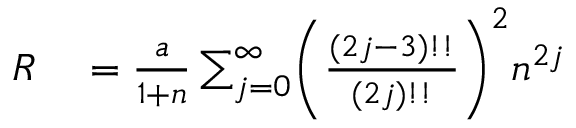
\begin{array} { r l } { R } & { { } = \frac a { 1 + n } \sum _ { j = 0 } ^ { \infty } \biggl ( \frac { ( 2 j - 3 ) ! ! } { ( 2 j ) ! ! } \biggr ) ^ { 2 } n ^ { 2 j } } \end{array}